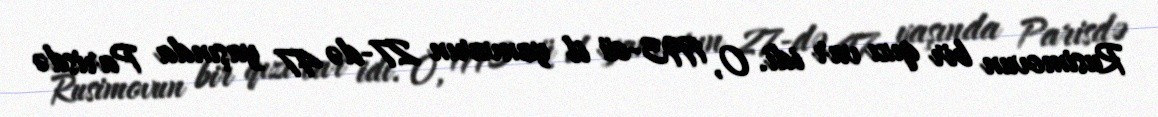
Rusimovun bir qızı var idi. O, 1993-cü il yanvarın 27-də 47 yaşında Parisdə